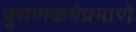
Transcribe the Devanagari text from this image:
पुराणकथेप्रमाणे